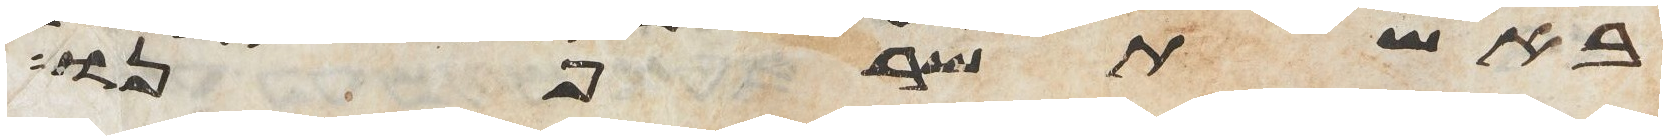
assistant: באש תשרפנו